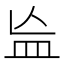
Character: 𬐗